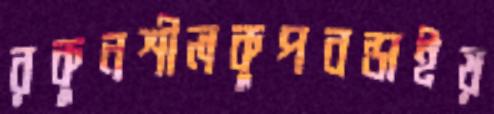
রকুনশীলকুপবন্ডাইয়